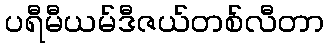
ပရီမီယမ်ဒီဇယ်တစ်လီတာ